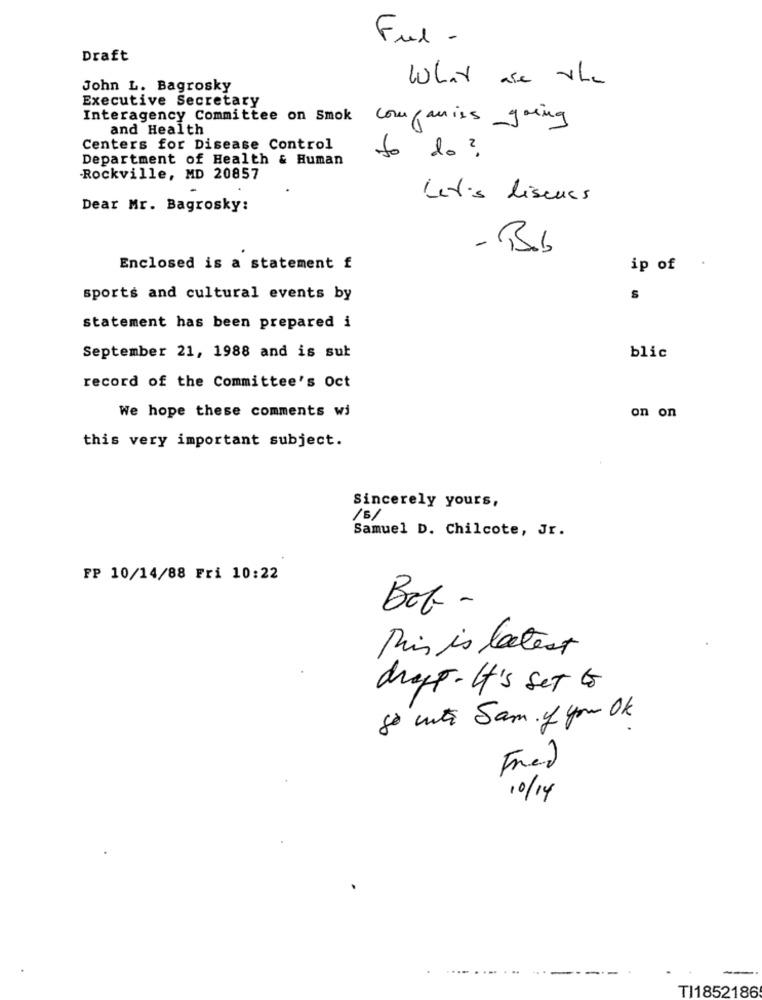
Fuel -
Draft
What are the
John L. Bagrosky
Executive Secretary
Interagency Committee on Smok
companies going
and Health
Centers for Disease Control
Department of Health & Human
to do ?
Rockville, MD 20857
Let's lisenes
Dear Mr. Bagrosky:
-Bb
Enclosed is a statement £
ip of
sports and cultural events by
S
statement has been prepared i
September 21, 1988 and is sut
blic
record of the Committee's Oct
We hope these comments wi
on on
this very important subject.
Sincerely yours,
/51
Samuel D. Chilcote, Jr.
FP 10/14/88 Fri 10:22
Bot -
This is latest
drygt-It's Set &
80 inte Sam y you OK
Fred
10/14
.....
TI1852186